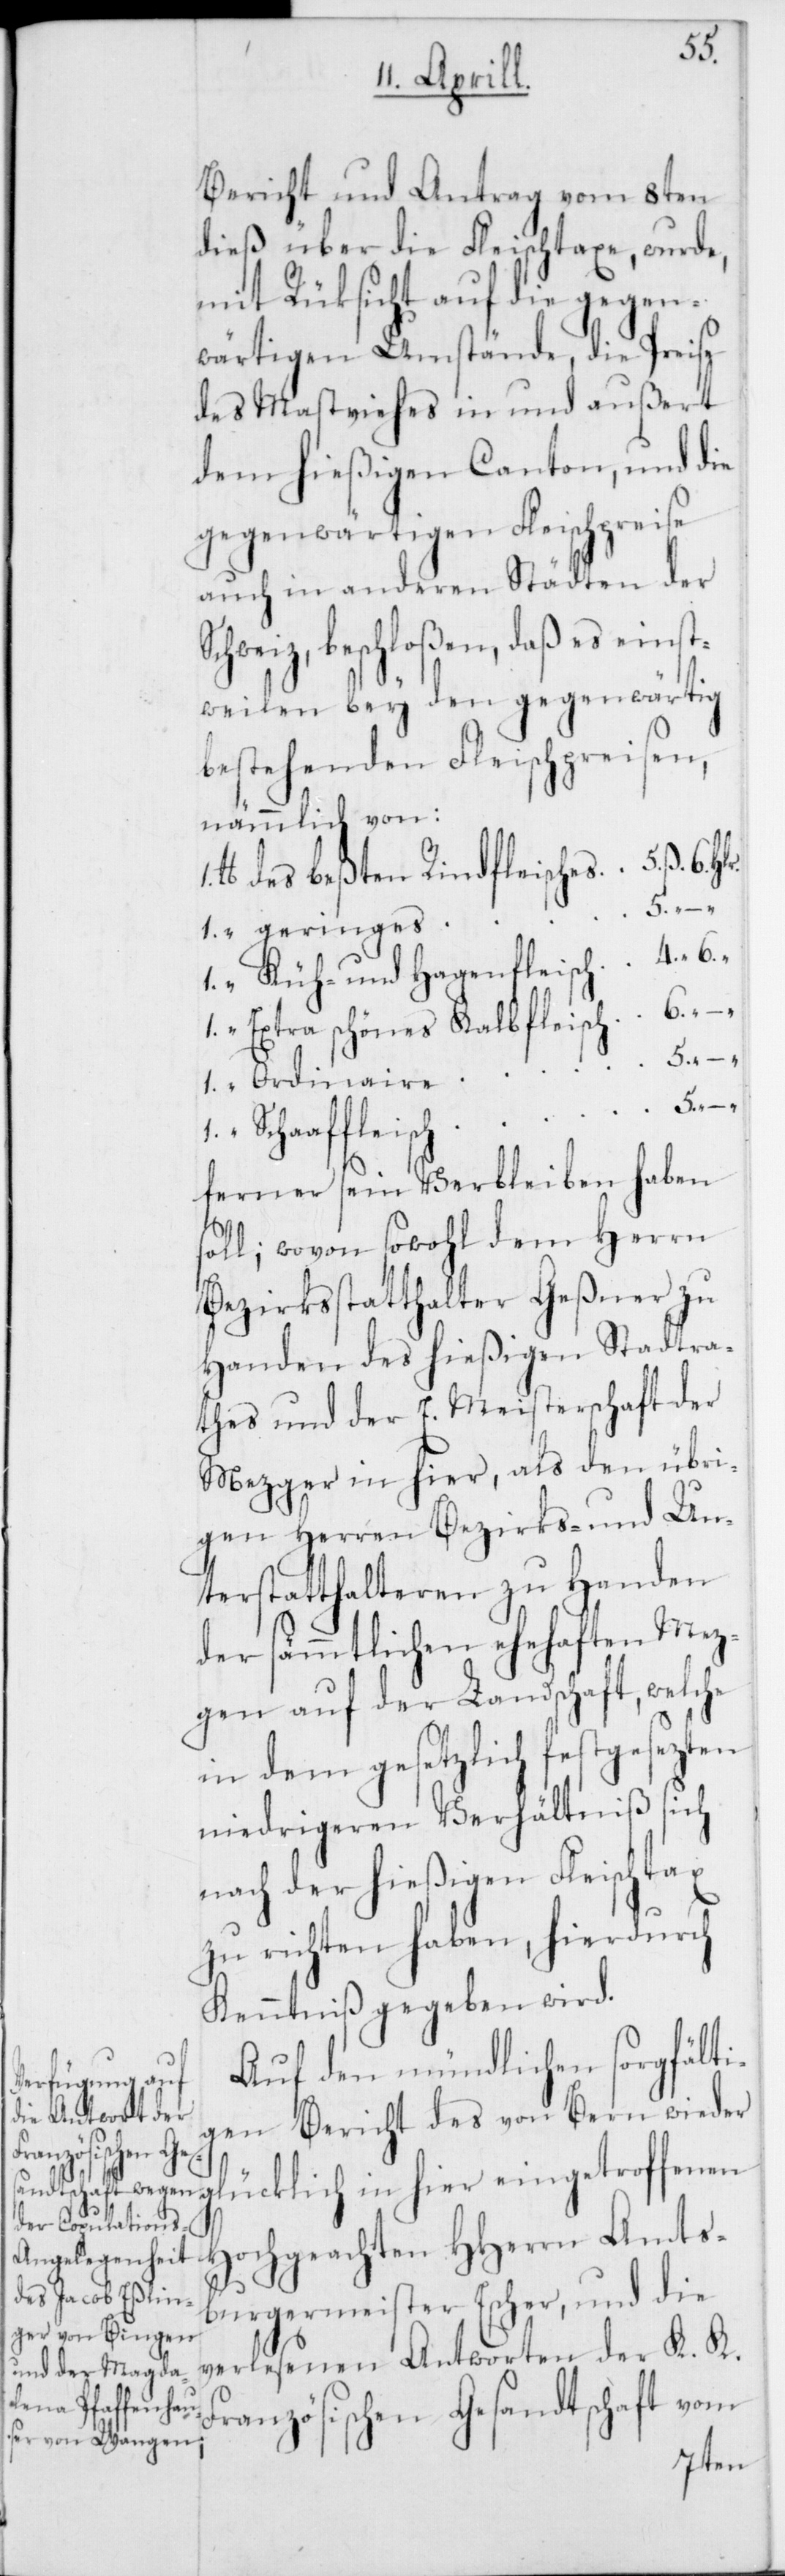
Amts¬
Bericht und Antrag vom 8ten
dieß über die Fleischtaxe, wurde,
mit Rücksicht auf die gegen¬
wärtigen Umstände, die Preise
des Mastviehes in und außert
dem hießigen Canton, und die
gegenwärtigen Fleischpreise
auch in anderen Städten der
Schweiz, beschloßen, daß es einst¬
weilen bey den gegenwärtig
bestehenden Fleischpreisen,
nämmlich von:
6. “ – “
geringes
Ordinaire
Schaaffleisch
ferner sein Verbleiben haben
oll; wovon sowohl dem Herrn
Bezirksstatthalter Geßner zu
Handen des hießigen Stadtra¬
thes und der E. Meisterschaft der
Mezger in hier, als den übri¬
gen Herren Bezirks- und Un¬
terstatthalteren zu Handen
der sämmtlichen ehehaften Mez¬
gen auf der Landschaft, welche
in dem gesetzlich festgesetzten
niedrigeren Verhältniß sich
nach der hießigen Fleischtaxe
zu richten haben, hierdurch
Kenntniß gegeben wird.
Auf den mündlichen sorgfälti¬
gen Bericht des von Bern wieder
ücklich in hier eingetroffenen
burgermeister Escher, und die
verlesenen Antworten der K. K.
Französischen Gesandtschaft vom